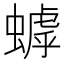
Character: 𬠦